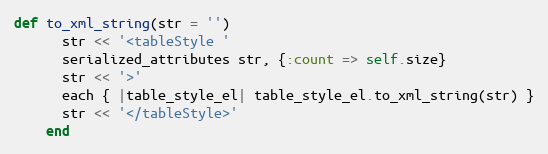
Language: Ruby
def to_xml_string(str = '')
      str << '<tableStyle '
      serialized_attributes str, {:count => self.size}
      str << '>'
      each { |table_style_el| table_style_el.to_xml_string(str) }
      str << '</tableStyle>'
    end